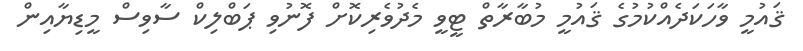
ޤައުމީ ވާހަކަދެއްކުމުގެ ޤައުމީ މުބާރާތް ޓީވީ މެދުވެރިކޮށް ފޮނުވި ޕަބްލިކް ސާވިސް މީޑިޔާއިން